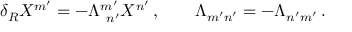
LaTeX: \delta _ { R } X ^ { m ^ { \prime } } = - \Lambda _ { \ n ^ { \prime } } ^ { m ^ { \prime } } X ^ { n ^ { \prime } } \, , \qquad \Lambda _ { m ^ { \prime } n ^ { \prime } } = - \Lambda _ { n ^ { \prime } m ^ { \prime } } \, .